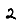
Digit: 2